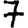
Digit: 7